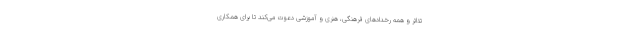
تئاتر و همه رخدادهای فرهنگی، هنری و آموزشی دعوت می‌کند تا برای همکاری